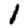
Digit: 1